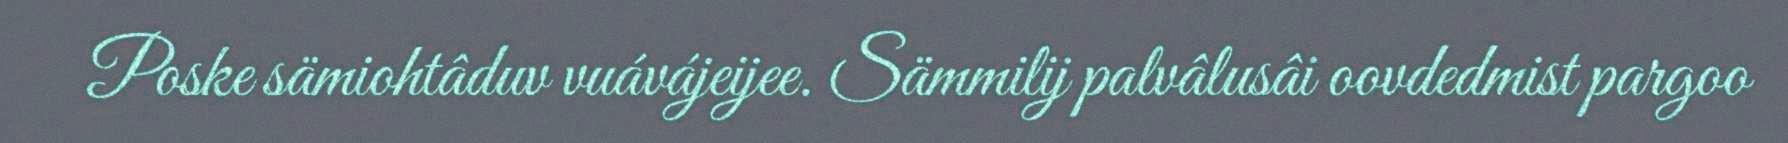
Poske sämiohtâduv vuávájeijee. Sämmilij palvâlusâi oovdedmist pargoo